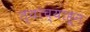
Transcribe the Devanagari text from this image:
त्यांच्याहून